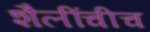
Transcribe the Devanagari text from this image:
शैलींचीच